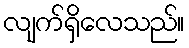
လျက်ရှိလေသည်။